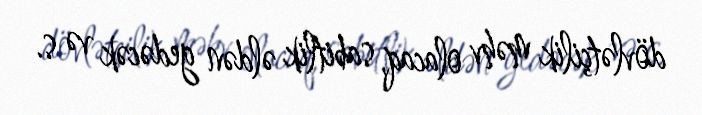
dövlətçilik məhv olacaq, sabitlik əldən gedəcək və s.